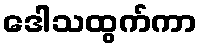
ဒေါသထွက်ကာ